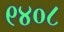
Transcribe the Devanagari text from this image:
९४०८